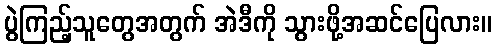
ပွဲကြည့်သူတွေအတွက် အဲဒီကို သွားဖို့အဆင်ပြေလား။